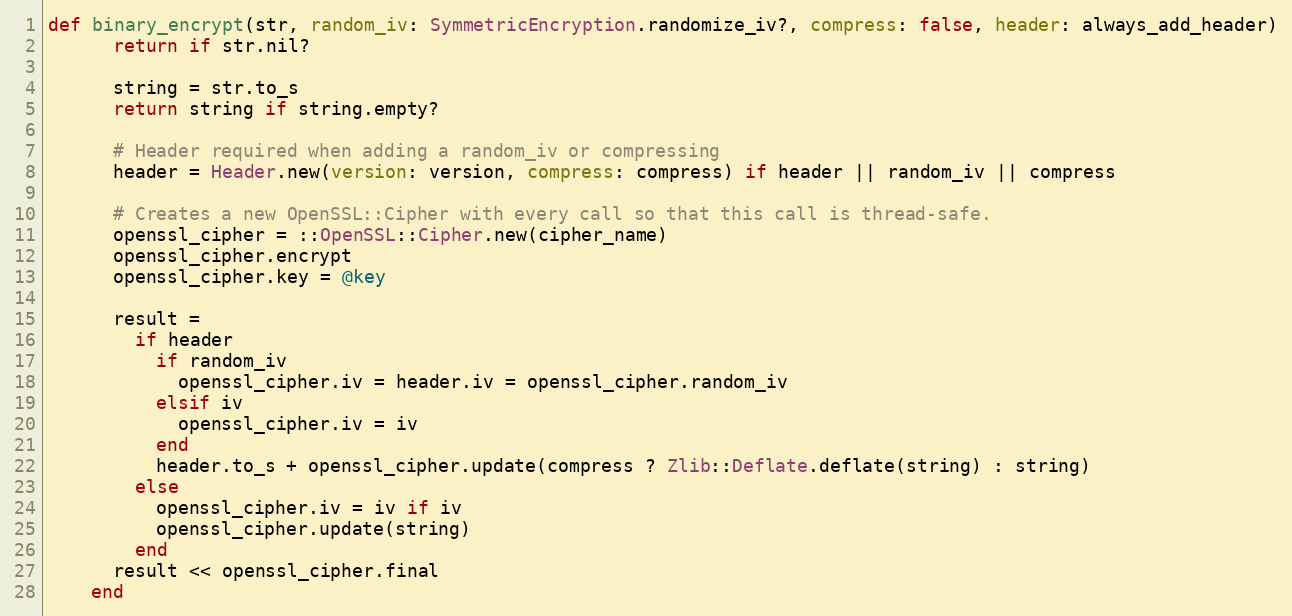
Language: Ruby
def binary_encrypt(str, random_iv: SymmetricEncryption.randomize_iv?, compress: false, header: always_add_header)
      return if str.nil?

      string = str.to_s
      return string if string.empty?

      # Header required when adding a random_iv or compressing
      header = Header.new(version: version, compress: compress) if header || random_iv || compress

      # Creates a new OpenSSL::Cipher with every call so that this call is thread-safe.
      openssl_cipher = ::OpenSSL::Cipher.new(cipher_name)
      openssl_cipher.encrypt
      openssl_cipher.key = @key

      result =
        if header
          if random_iv
            openssl_cipher.iv = header.iv = openssl_cipher.random_iv
          elsif iv
            openssl_cipher.iv = iv
          end
          header.to_s + openssl_cipher.update(compress ? Zlib::Deflate.deflate(string) : string)
        else
          openssl_cipher.iv = iv if iv
          openssl_cipher.update(string)
        end
      result << openssl_cipher.final
    end